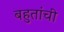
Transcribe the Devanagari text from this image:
बहुतांची